Vaccination North-Western Provinces and Oudh 1878-1895 - 1878-1895
Year: 1878
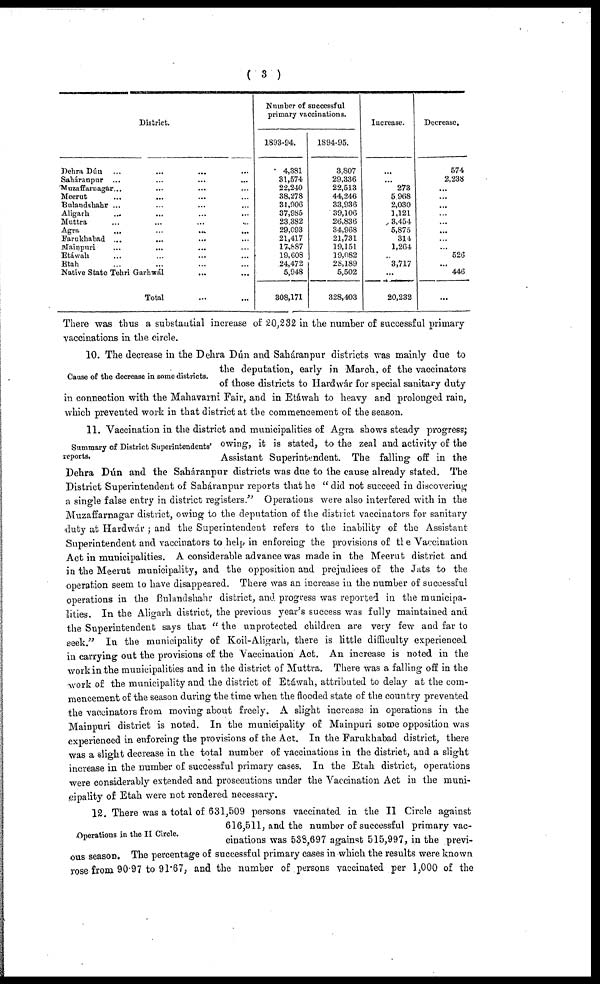
( 3 )
District.
Dehra Dún ... ... ... ...
Saháranpur ... ... ... ...
Muzaffarnagar... ... ... ...
Meerut ... ... ... ...
Bulandshahr ... ... ... ...
Aligarh ... ... ... ...
Muttra ... ... ... ...
Agra ... ... ... ...
Farukhabad ... ... ... ...
Mainpuri
...
... ... ...
Etáwah ... ... ... ...
Etah ... ... ... ...
Native State Tehri Garhwál ... ...
Total ... ...
Number of successful
primary vaccinations.
1893-94.
4,381
31,574
22,240
38,278
31,906
37,985
23,382
29,093
21,417
17,887
19,608
24,472
5,948
308,171
1894-95.
3,807
29,336
22,513
44,246
33,936
39,106
26,836
34,968
21,731
19,151
19,082
28,189
5,502
328,403
Increase.
...
...
273
5 968
2,030
1,121
3,454
5,875
314
1,264
...
3,717
...
20,232
Decrease.
574
2,238
...
...
...
...
...
...
...
...
526
...
446
...
There was thus a substantial increase of 20,232 in the number of successful primary-
vaccinations in the circle.
Cause of the decrease in some districts.
10. The decrease in the Dehra Dún and Saháranpur districts was mainly due to
the deputation, early in March of the vaccinators
of those districts to Hardwár for special sanitary duty
in connection with the Mahavarni Fair, and in Etáwah to heavy and prolonged rain,
which prevented work in that district at the commencement of the season.
Summary of District Superintendents'
reports.
11. Vaccination in the district and municipalities of Agra shows steady progress;
owing, it is stated, to the zeal and activity of the
Assistant Superintendent. The falling off in the
Dehra Dún and the Saháranpur districts was due to the cause already stated. The
District Superintendent of Saháranpur reports that he " did not succeed in discovering
a single false entry in district registers.'" Operations were also interfered with in the
Muzaffarnagar district, owing to the deputation of the district vaccinators for sanitary
duty at Hardwár ; and the Superintendent refers to the inability of the Assistant
Superintendent and vaccinators to help in enforcing the provisions of the Vaccination
Act in municipalities. A considerable advance was made in the Meerut district and
in the Meerut municipality, and the opposition and prejudices of the Jats to the
operation seem to have disappeared. There was an increase in the number of successful
operations in the Bulandshahr district, and progress was reported in the municipa-
lities. In the Aligarh district, the previous year's success was fully maintained and
the Superintendent says that " the unprotected children are very few and far to
seek." In the municipality of Koil-Aligarh, there is little difficulty experienced
in carrying out the provisions of the Vaccination Act. An increase is noted in the
work in the municipalities and in the district of Muttra. There was a falling off in the
work of the municipality and the district of Etáwah, attributed to delay at the com-
mencement of the season during the time when the flooded state of the country prevented
the vaccinators from moving about freely. A slight increase in operations in the
Mainpuri district is noted. In the municipality of Mainpuri some opposition was
experienced in enforcing the provisions of the Act. In the Farukhabad district, there
was a slight decrease in the total number of vaccinations in the district, and a slight
increase in the number of successful primary cases. In the Etah district, operations
were considerably extended and prosecutions under the Vaccination Act in the muni-
cipality of Etah were not rendered necessary.
Operations in the II Circle.
12. There was a total of 631,509 persons vaccinated in the II Circle against
616,511, and the number of successful primary vac-
cinations was 538,697 against 515,997, in the previ-
ous season. The percentage of successful primary cases in which the results were known
rose from 90.97 to 91.67, and the number of persons vaccinated per 1,000 of the